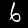
Digit: 6